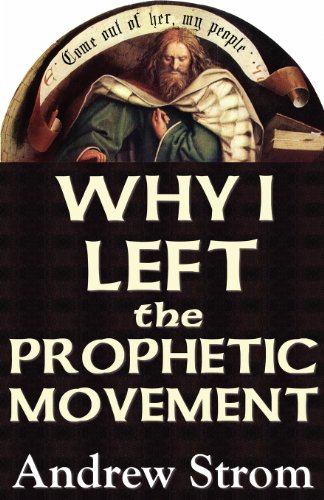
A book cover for WHY I LEFT the PROPHETIC MOVEMENT [-NEW 2012 Edition]; Andrew Strom; Christian Books & Bibles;